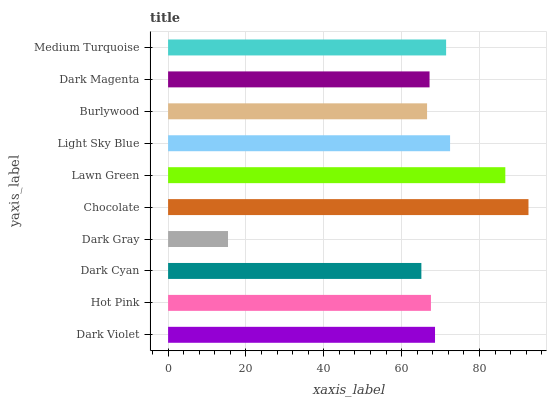
| yaxis_label | bars |
 | --- | --- |
 | Dark Violet | 68.6 |
 | Hot Pink | 67.5 |
 | Dark Cyan | 65.1 |
 | Dark Gray | 15.4 |
 | Chocolate | 92.6 |
 | Lawn Green | 86.6 |
 | Light Sky Blue | 72.5 |
 | Burlywood | 66.5 |
 | Dark Magenta | 67.2 |
 | Medium Turquoise | 71.4 |